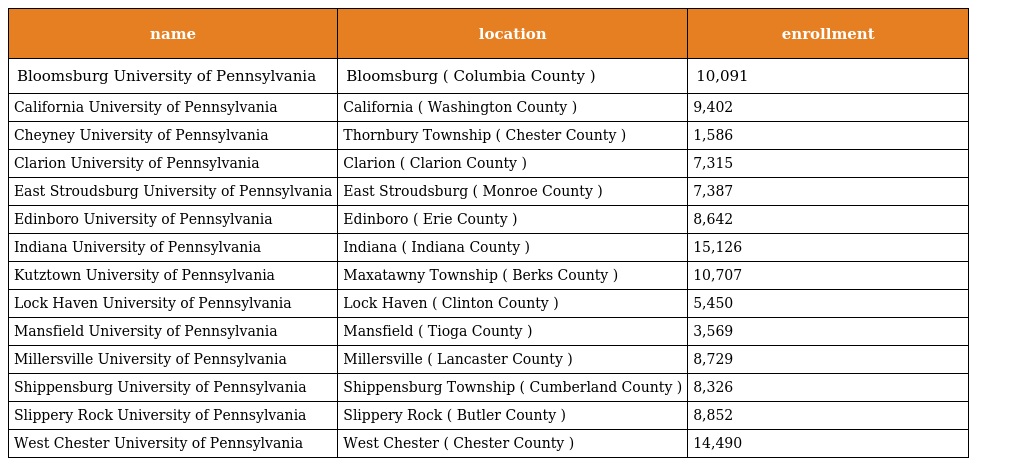
| name | location | enrollment |
 | --- | --- | --- |
 | Bloomsburg University of Pennsylvania | Bloomsburg ( Columbia County ) | 10,091 |
 | California University of Pennsylvania | California ( Washington County ) | 9,402 |
 | Cheyney University of Pennsylvania | Thornbury Township ( Chester County ) | 1,586 |
 | Clarion University of Pennsylvania | Clarion ( Clarion County ) | 7,315 |
 | East Stroudsburg University of Pennsylvania | East Stroudsburg ( Monroe County ) | 7,387 |
 | Edinboro University of Pennsylvania | Edinboro ( Erie County ) | 8,642 |
 | Indiana University of Pennsylvania | Indiana ( Indiana County ) | 15,126 |
 | Kutztown University of Pennsylvania | Maxatawny Township ( Berks County ) | 10,707 |
 | Lock Haven University of Pennsylvania | Lock Haven ( Clinton County ) | 5,450 |
 | Mansfield University of Pennsylvania | Mansfield ( Tioga County ) | 3,569 |
 | Millersville University of Pennsylvania | Millersville ( Lancaster County ) | 8,729 |
 | Shippensburg University of Pennsylvania | Shippensburg Township ( Cumberland County ) | 8,326 |
 | Slippery Rock University of Pennsylvania | Slippery Rock ( Butler County ) | 8,852 |
 | West Chester University of Pennsylvania | West Chester ( Chester County ) | 14,490 |